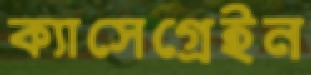
ক্যাসেগ্রেইন